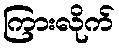
ကြားလိုက်